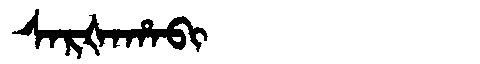
Manchu: ᠰᠠᡵᡧᠠᡥᠠᠪᡳ
Romanization: SARŠAHABI